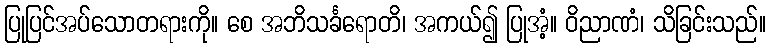
ပြုပြင်အပ်သောတရားကို။ စေ အဘိသင်္ခရောတိ၊ အကယ်၍ ပြုအံ့။ ဝိညာဏံ၊ သိခြင်းသည်။